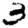
Digit: 3